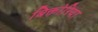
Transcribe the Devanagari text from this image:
बिक्तोरिया